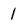
Character: 1